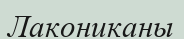
Лакониканы